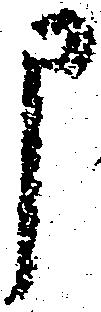
申